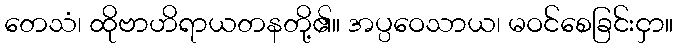
တေသံ၊ ထိုဗာဟိရာယတနတို့၏။ အပ္ပဝေသာယ၊ မဝင်စေခြင်းငှာ။